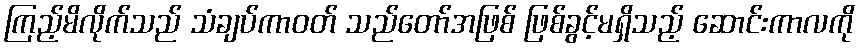
ကြည့်မိလိုက်သည် သံချပ်ကာဝတ် သည်တော်အဖြစ် ဖြစ်ခွင့်မရှိသည့် ဆောင်းကာလကို